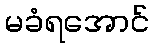
မခံရအောင်